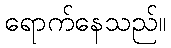
ရောက်နေသည်။